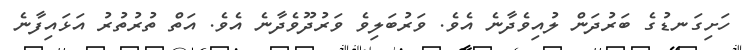
ހަށިގަނޑުގެ ބަރުދަން ލުއިވެދާނެ އެވެ. ވަރުބަލިވެ ވަރުދޫވެދާނެ އެވެ. އަތް ތުރުތުރު އަޅައިފާނެ